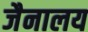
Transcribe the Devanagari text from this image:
जैनालय